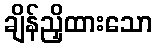
ချိန်ညှိထားသော